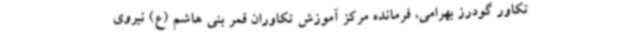
تکاور گودرز بهرامی، فرمانده مرکز آموزش تکاوران قمر بنی هاشم (ع) نیروی